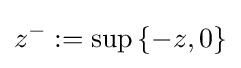
z^{-}:=\sup \left\{-z,0\right\}